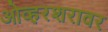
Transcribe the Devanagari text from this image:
ओव्हरशरावर